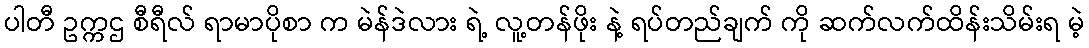
ပါတီ ဥက္ကဌ စီရီလ် ရာမာပိုစာ က မဲန်ဒဲလား ရဲ့ လူ့တန်ဖိုး နဲ့ ရပ်တည်ချက် ကို ဆက်လက်ထိန်းသိမ်းရ မဲ့